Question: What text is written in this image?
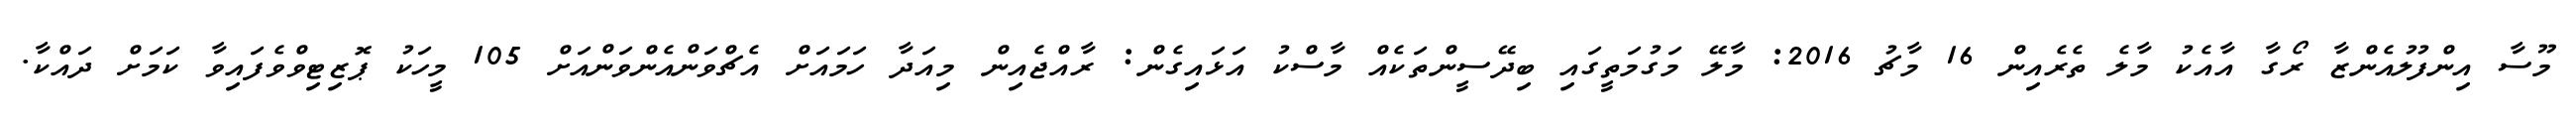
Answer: މޫސާ އިންފުލުއެންޒާ ރޯގާ އާއެކު މާލެ ތެރެއިން 16 މާޗު 2016: މާލޭ މަގުމަތީގައި ބިދޭސީންތަކެއް މާސްކު އަޅައިގެން: ރާއްޖެއިން މިއަދާ ހަމައަށް އެޗްވަންއެންވަންއަށް 105 މީހަކު ޕޮޒިޓިވްވެފައިވާ ކަމަށް ދައްކާ.